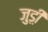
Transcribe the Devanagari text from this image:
जुड़ी़